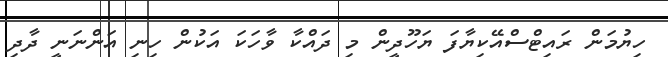
ހިޔުމަން ރައިޓްސްއޭކިޔާފަ ޔަހޫދީން މި ދައްކާ ވާހަކަ އަކުން ހިނި އަންނަނީ ދާދި